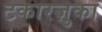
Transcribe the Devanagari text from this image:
टकारज़ुका